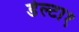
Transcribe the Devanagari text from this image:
डेल्टा१